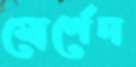
মোর্শেদ